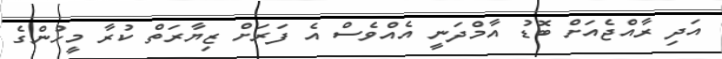
އަދި ރާއްޖެއަށް ބޮޑު އާމްދަނީ އެއްވެސް އެ ފަރަށް ޒިޔާރަތް ކުރާ މީހުންގެ